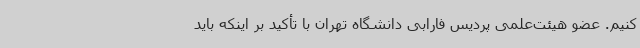
کنیم. عضو هیئت‌علمی پردیس فارابی دانشگاه تهران با تأکید بر اینکه باید